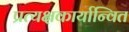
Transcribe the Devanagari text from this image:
प्रत्यक्षकार्यान्वित